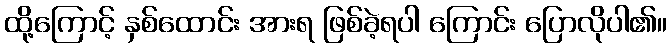
ထို့ကြောင့် နှစ်ထောင်း အားရ ဖြစ်ခဲ့ရပါ ကြောင်း ပြောလိုပါ၏။